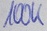
Text: 100K